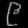
Digit: ၉